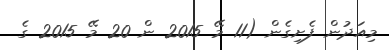
މިއަދުން ފެށިގެން (11 މޭ 2015 ން 20 މޭ 2015 ގެ